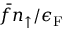
\bar { f } n _ { \uparrow } / \epsilon _ { \mathrm { F } }